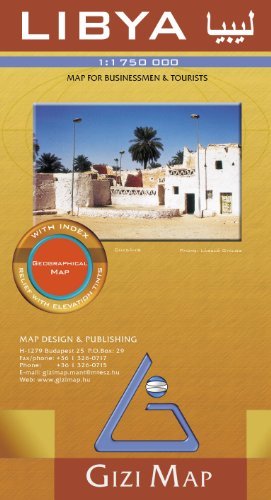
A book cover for Libya 1:1,750,000 Geographical Travel Map, GIZI; Gizela Bassa; Travel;